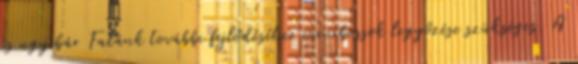
és ugyebár Falánk további fejlődéséhez minibossok legyőzése szükséges. A